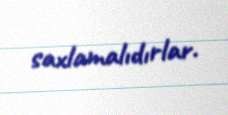
saxlamalıdırlar.